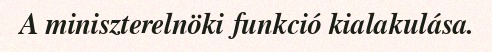
A miniszterelnöki funkció kialakulása.